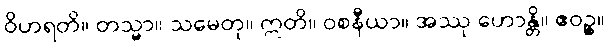
ဝိဟရတိ။ တသ္မာ။ သမေတု။ ဣတိ။ ဝစနီယာ။ အဿု ဟောန္တိ။ ဧဝဉ္စ။